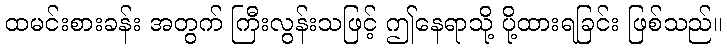
ထမင်းစားခန်း အတွက် ကြီးလွန်းသဖြင့် ဤနေရာသို့ ပို့ထားရခြင်း ဖြစ်သည်။